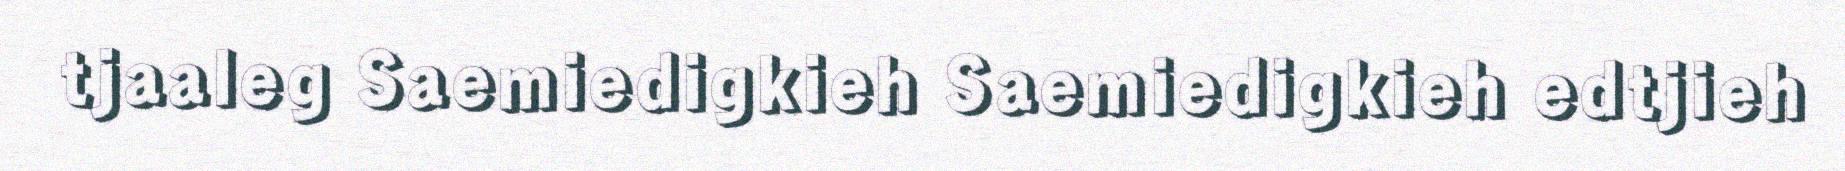
tjaaleg Saemiedigkieh Saemiedigkieh edtjieh